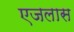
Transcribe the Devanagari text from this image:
एजलास